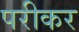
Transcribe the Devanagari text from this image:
परीकर